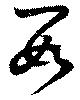
数